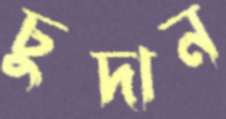
চুদান